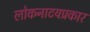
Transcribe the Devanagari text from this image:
लोकनाटयप्रकार